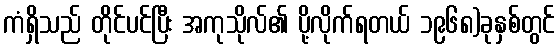
ကံရှိသည် တိုင်ပင်ပြီး အကုသိုလ်၏ ပို့လိုက်ရတယ် ၁၉၆၈)ခုနှစ်တွင်